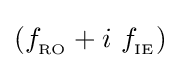
(f_{_{\text{RO}}}+i\ f_{_{\text{IE}}})